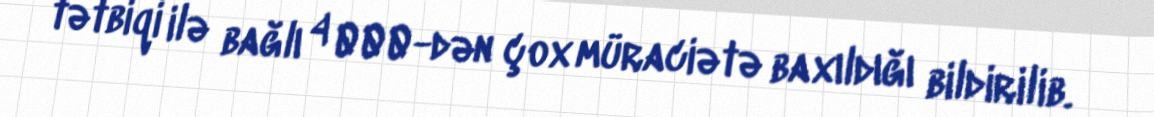
tətbiqi ilə bağlı 4 000-dən çox müraciətə baxıldığı bildirilib.